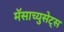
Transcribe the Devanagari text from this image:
मॅसाच्युसेट्स